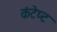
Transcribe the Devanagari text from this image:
कंटेप्ट